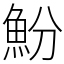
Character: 魵